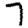
Digit: 7